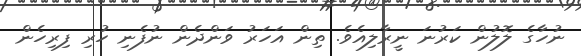
ނުހާގެ ލޮލުން ކަރުނަ ނީރާލިއެވެ. ތިން އަހަރު ވަންދެން ނުފެނި ހުރި ފިރިހެން